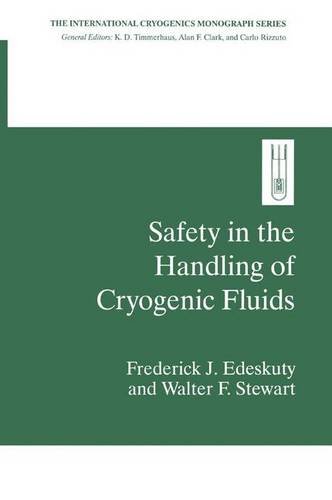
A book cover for Safety in the Handling of Cryogenic Fluids (International Cryogenics Monograph Series); Frederick J. Edeskuty; Science & Math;